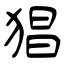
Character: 猖